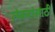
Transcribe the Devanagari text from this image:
लेकरांसाठी